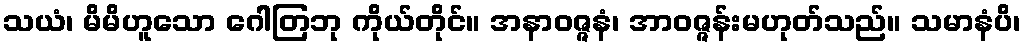
သယံ၊ မိမိဟူသော ဂေါတြဘု ကိုယ်တိုင်။ အနာဝဇ္ဇနံ၊ အာဝဇ္ဇန်းမဟုတ်သည်။ သမာနံပိ၊